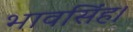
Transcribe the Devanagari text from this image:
भावसिंह।